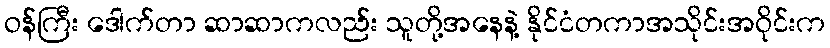
ဝန်ကြီး ဒေါက်တာ ဆာဆာကလည်း သူတို့အနေနဲ့ နိုင်ငံတကာအသိုင်းအဝိုင်းက